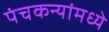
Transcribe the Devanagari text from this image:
पंचकन्यांमध्ये